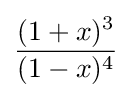
{\frac {(1+x)^{3}}{(1-x)^{4}}}